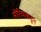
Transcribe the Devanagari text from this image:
सीरियाकडून